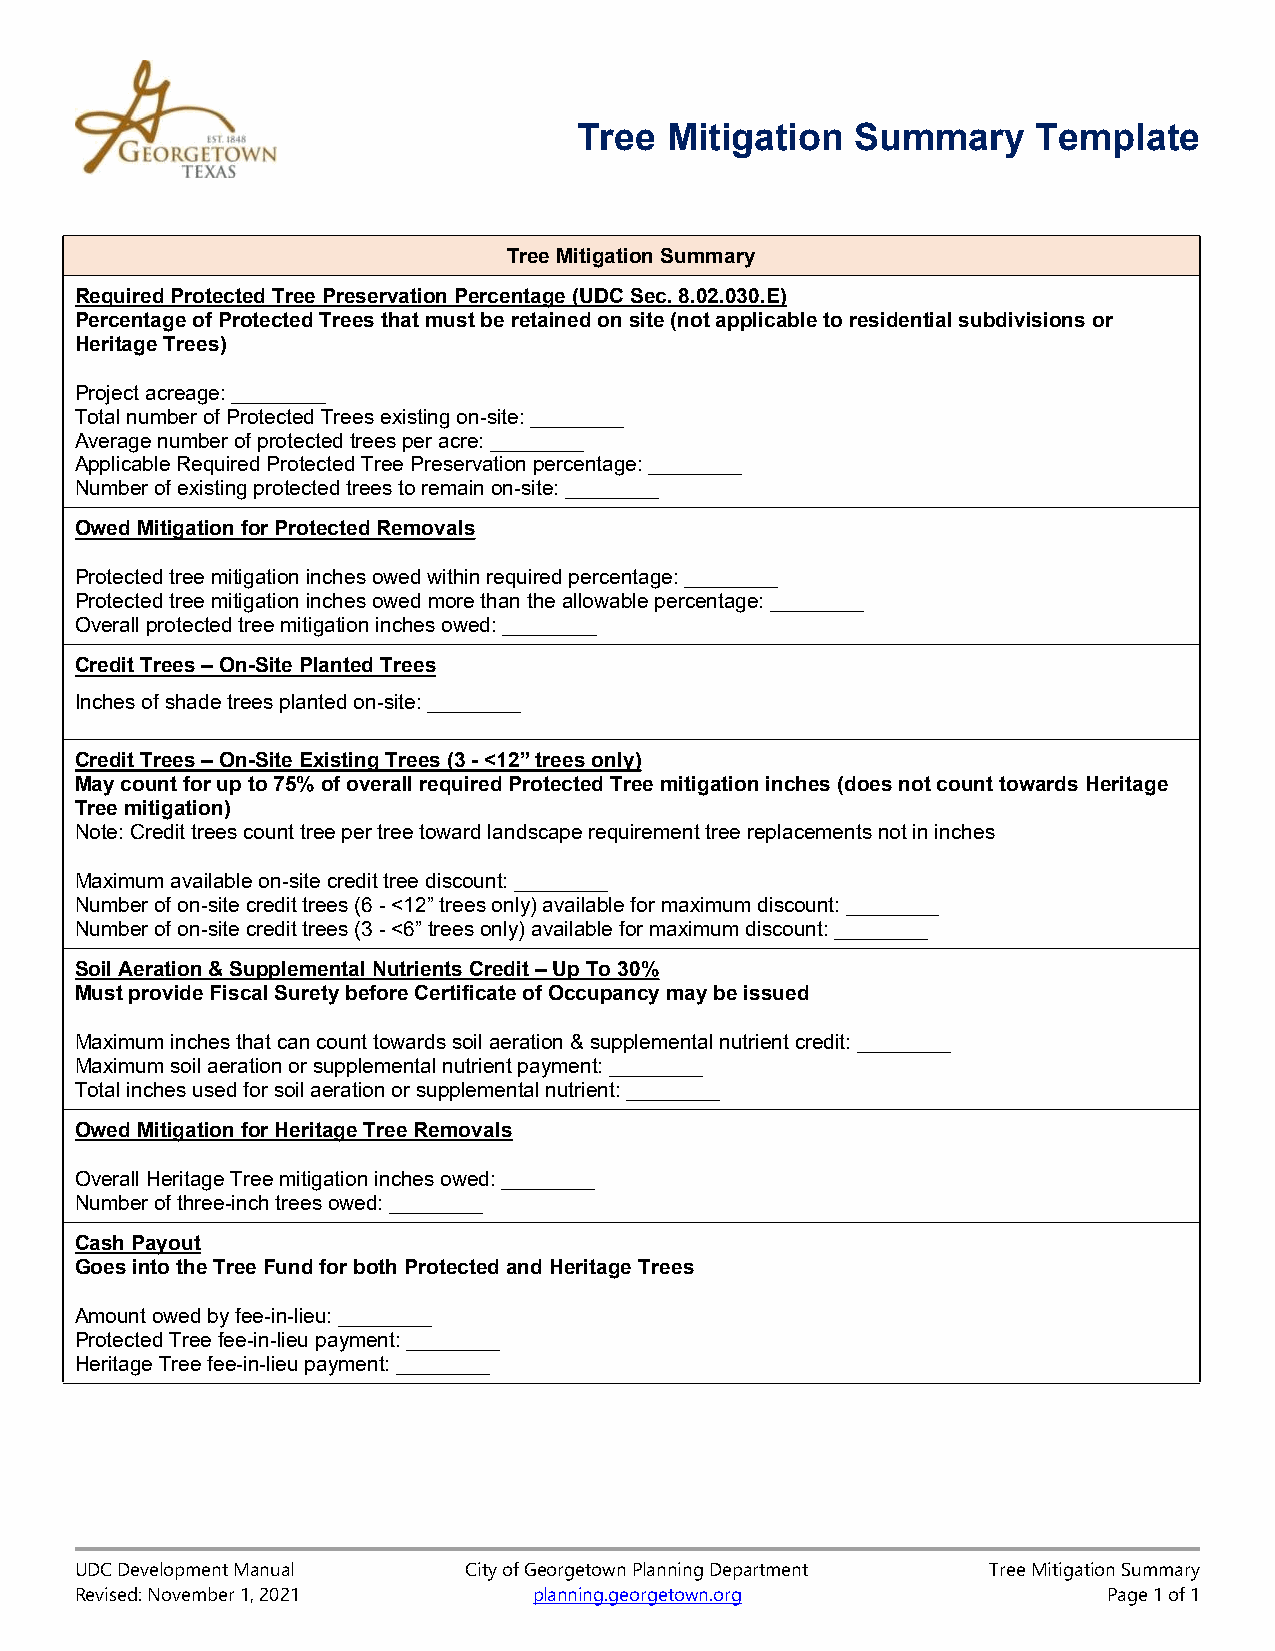
Tree  Mitigation   Summary     Template
 Tree Mitigation Summary
 Required Protected Tree Preservation Percentage (UDC Sec. 8.02.030.E)
 Percentage of Protected Trees that must be retained on site (not applicable to residential subdivisions or
 Heritage Trees)
 Project acreage: ________
 Total number of Protected Trees existing on-site: ________
 Average number of protected trees per acre: ________
 Applicable Required Protected Tree Preservation percentage: ________
 Number of existing protected trees to remain on-site: ________
 Owed Mitigation for Protected Removals
 Protected tree mitigation inches owed within required percentage: ________
 Protected tree mitigation inches owed more than the allowable percentage: ________
 Overall protected tree mitigation inches owed: ________
 Credit Trees – On-Site Planted Trees
 Inches of shade trees planted on-site: ________
 Credit Trees – On-Site Existing Trees (3 - <12” trees only)
 May count for up to 75% of overall required Protected Tree mitigation inches (does not count towards Heritage
 Tree mitigation)
 Note: Credit trees count tree per tree toward landscape requirement tree replacements not in inches
 Maximum available on-site credit tree discount: ________
 Number of on-site credit trees (6 - <12” trees only) available for maximum discount: ________
 Number of on-site credit trees (3 - <6” trees only) available for maximum discount: ________
 Soil Aeration & Supplemental Nutrients Credit – Up To 30%
 Must provide Fiscal Surety before Certificate of Occupancy may be issued
 Maximum inches that can count towards soil aeration & supplemental nutrient credit: ________
 Maximum soil aeration or supplemental nutrient payment: ________
 Total inches used for soil aeration or supplemental nutrient: ________
 Owed Mitigation for Heritage Tree Removals
 Overall Heritage Tree mitigation inches owed: ________
 Number of three-inch trees owed: ________
 Cash Payout
 Goes into the Tree Fund for both Protected and Heritage Trees
 Amount owed by fee-in-lieu: ________
 Protected Tree fee-in-lieu payment: ________
 Heritage Tree fee-in-lieu payment: ________
 UDC Development Manual    City of Georgetown Planning Department Tree Mitigation Summary
 Revised: November 1, 2021     planning.georgetown.org               Page 1 of 1